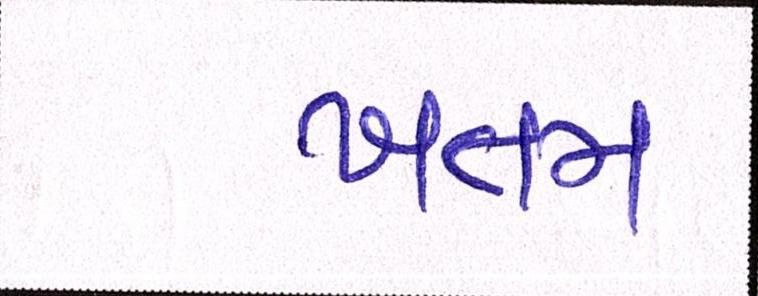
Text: ખતમ